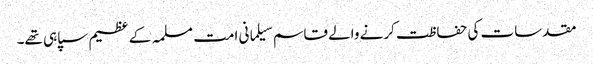
مقدسات کی حفاظت کرنے والے قاسم سیلمانی امت مسلمہ کے عظیم سپاہی تھے۔